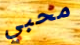
محبي